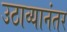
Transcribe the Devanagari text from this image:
उठाव्यानंतर